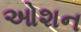
ઓશન